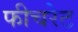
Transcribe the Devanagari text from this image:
फीचरेट